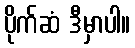
ပိုက်ဆံ ဒီမှာပါ။